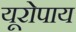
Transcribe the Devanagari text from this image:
यूरोपाय